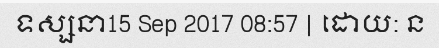
ទស្សនា15 Sep 2017 08:57 | ដោយ: ន